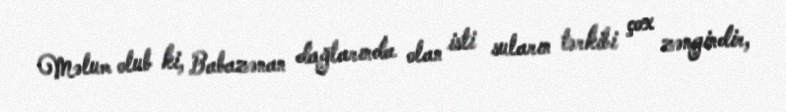
Məlum olub ki, Babazənan dağlarında olan isti suların tərkibi çox zəngindir,